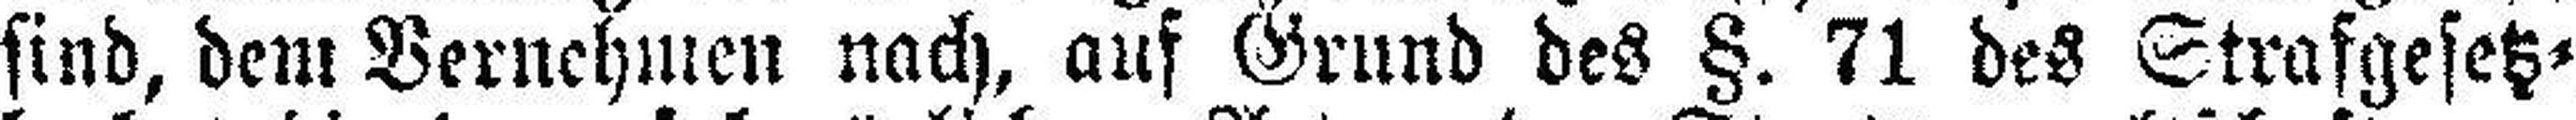
sind, dem Vernehmen nach, auf Grund des §. 71 des Strafgesetz¬